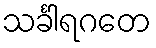
သင်္ခါရဂတေ